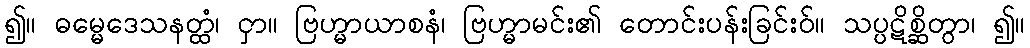
၍။ ဓမ္မေဒေသနတ္ထံ၊ ငှာ။ ဗြဟ္မာယာစနံ၊ ဗြဟ္မာမင်း၏ တောင်းပန်းခြင်းဝ်။ သပ္ပဋိစ္ဆိတွာ၊ ၍။